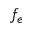
f _ { e }